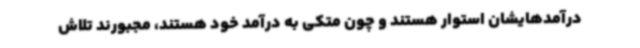
درآمدهایشان استوار هستند و چون متکی به درآمد خود هستند، مجبورند تلاش